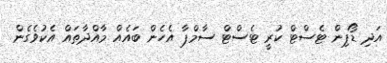
އަދި ޑޯޕިން ޓެސްޓް ކުރީ ޓެސްޓް ސާމްޕާ އެހެން ބައެއް މާއްދާތައް އެކުވެގެން